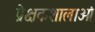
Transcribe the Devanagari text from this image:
प्रेक्षकशालाओं